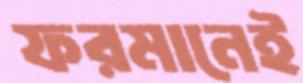
ফরমানেই